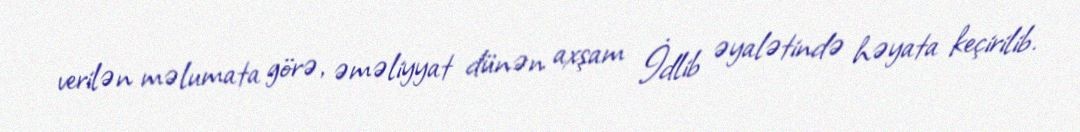
verilən məlumata görə, əməliyyat dünən axşam İdlib əyalətində həyata keçirilib.